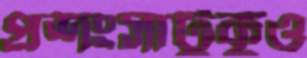
প্রশংসাটুকুও